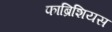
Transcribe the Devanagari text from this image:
फाब्रिशियस